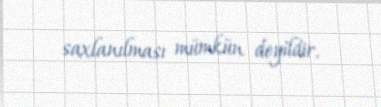
saxlanılması mümkün deyildir.